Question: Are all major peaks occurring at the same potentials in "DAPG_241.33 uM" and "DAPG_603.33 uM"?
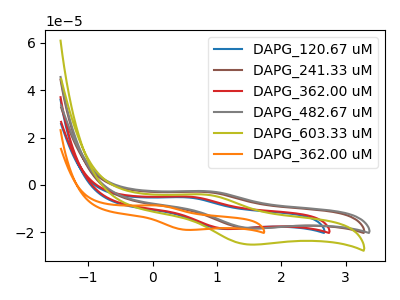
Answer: <think>The blue curve "DAPG_120.67 uM" has an anodic peak at (0.50V, -5.25uA) and a cathodic peak at (1.10V, -18.65uA). The brown curve "DAPG_241.33 uM" has an anodic peak at (0.80V, -2.95uA) and a cathodic peak at (1.50V, -18.40uA). The red curve "DAPG_362.00 uM" has an anodic peak at (0.55V, -4.95uA) and a cathodic peak at (1.15V, -18.60uA). The gray curve "DAPG_482.67 uM" has an anodic peak at (0.85V, -2.65uA) and a cathodic peak at (1.55V, -18.35uA). The olive curve "DAPG_603.33 uM" has an anodic peak at (0.80V, -4.05uA) and a cathodic peak at (1.50V, -25.20uA). The orange curve "DAPG_362.00 uM" has an anodic peak at (0.05V, -8.70uA) and a cathodic peak at (0.50V, -19.05uA).</think>
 <answer>Yes, "DAPG_241.33 uM" have a peak in "DAPG_603.33 uM" at the same potential.</answer>
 <eval>match</eval>